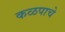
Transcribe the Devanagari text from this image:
कळपाचे